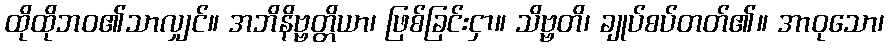
ထိုထိုဘဝ၏သာလျှင်။ အဘိနိဗ္ဗတ္တိယာ၊ ဖြစ်ခြင်းငှာ။ သိဗ္ဗတိ၊ ချုပ်စပ်တတ်၏။ အာဝုသော၊